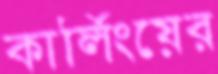
কার্লিংয়ের